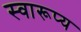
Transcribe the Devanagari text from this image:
स्वारूप्य